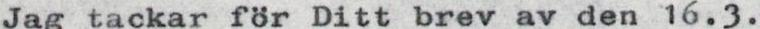
Jag tackar för Ditt brev av den 16.3.